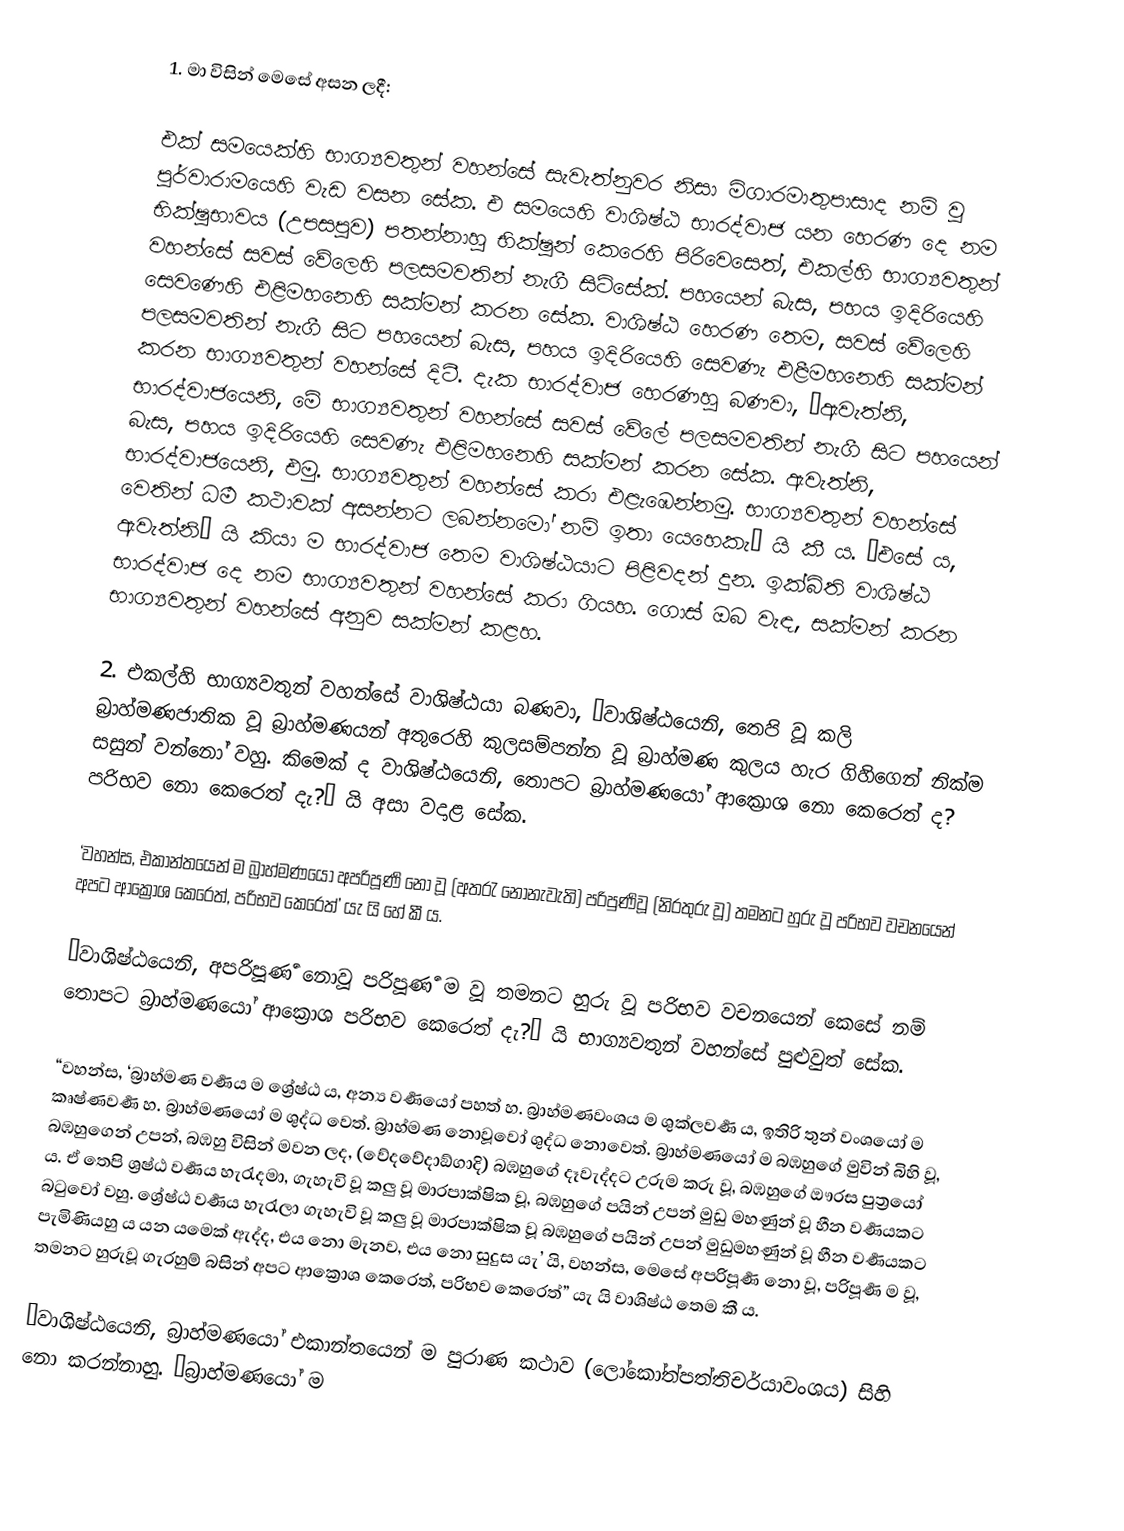
1. මා විසින් මෙසේ අසන ලදී:

එක් සමයෙක්හි භාග්‍යවතුන් වහන්සේ සැවැත්නුවර නිසා මිගාරමාතුපාසාද නම් වූ පූර්වාරාමයෙහි වැඩ වසන සේක. එ සමයෙහි වාශිෂ්ඨ භාරද්වාජ යන හෙරණ දෙ නම භික්ෂුභාවය (උපසපුව) පතන්නාහු භික්ෂූන් කෙරෙහි පිරිවෙසෙත්, එකල්හි භාග්‍යවතුන් වහන්සේ සවස් වේලෙහි පලසමවතින් නැගී සිටිසේක්. පහයෙන් බැස, පහය ඉදිරියෙහි සෙවණෙහි එළිමහනෙහි සක්මන් කරන සේක. වාශිෂ්ඨ හෙරණ තෙම, සවස් වේලෙහි පලසමවතින් නැගී සිට පහයෙන් බැස, පහය ඉදිරියෙහි සෙවණැ එළීමහනෙහි සක්මන් කරන භාග්‍යවතුන් වහන්සේ දිටී. දැක භාරද්වාජ හෙරණහු බණවා, ‘ඇවැත්නි, භාරද්වාජයෙනි, මේ භාග්‍යවතුන් වහන්සේ සවස් වේලේ පලසමවතින් නැගී සිට පහයෙන් බැස, පහය ඉදිරියෙහි සෙවණැ එළිමහනෙහි සක්මන් කරන සේක. ඇවැත්නි, භාරද්වාජයෙනි, එමු. භාග්‍යවතුන් වහන්සේ කරා එළැඹෙන්නමු. භාග්‍යවතුන් වහන්සේ වෙතින් ධර්‍ම කථාවක් අසන්නට ලබන්නමෝ නම් ඉතා යෙහෙකැ’ යි කී ය. ‘එසේ ය, ඇවැත්නි’ යි කියා ම භාරද්වාජ තෙම වාශිෂ්ඨයාට පිළිවදන් දුන. ඉක්බිති වාශිෂ්ඨ භාරද්වාජ දෙ නම භාග්‍යවතුන් වහන්සේ කරා ගියහ. ගොස් ඔබ වැඳ, සක්මන් කරන භාග්‍යවතුන් වහන්සේ අනුව සක්මන් කළහ.

2. එකල්හි භාග්‍යවතුන් වහන්සේ වාශිෂ්ඨයා බණවා, ‘වාශිෂ්ඨයෙනි, තෙපි වූ කලි බ්‍රාහ්මණජාතික වූ බ්‍රාහ්මණයන් අතුරෙහි කුලසම්පන්න වූ බ්‍රාහ්මණ කුලය හැර ගිහිගෙන් නික්ම සසුන් වන්නෝ වහු. කිමෙක් ද වාශිෂ්ඨයෙනි, තොපට බ්‍රාහ්මණයෝ ආක්‍රොශ නො කෙරෙත් ද? පරිභව නො කෙරෙත් දැ?’ යි අසා වදාළ සේක.

‘වහන්ස, එකාන්තයෙන් ම බ්‍රාහ්මණයෝ අපරිපූර්‍ණ නො වූ (අතරැ නොනැවැති) පරිපුර්‍ණවූ (නිරතුරු වූ) තමනට හුරු වූ පරිභව වචනයෙන් අපට ආක්‍රොශ කෙරෙත්, පරිභව කෙරෙත්’ යැ යි හේ කී ය.

‘වාශිෂ්ඨයෙනි, අපරිපූර්‍ණ නොවූ පරිපූර්‍ණ ම වූ තමනට හුරු වූ පරිභව වචනයෙන් කෙසේ නම් තොපට බ්‍රාහ්මණයෝ ආක්‍රොශ පරිභව කෙරෙත් දැ?’ යි භාග්‍යවතුන් වහන්සේ පුළුවුත් සේක.

“වහන්ස, ‘බ්‍රාහ්මණ වර්‍ණය ම ශ්‍රේෂ්ඨ ය, අන්‍ය වර්‍ණයෝ පහත් හ. බ්‍රාහ්මණවංශය ම ශුක්ලවර්‍ණ ය, ඉතිරි තුන් වංශයෝ ම කෘෂ්ණවර්‍ණ හ. බ්‍රාහ්මණයෝ ම ශුද්ධ වෙත්. බ්‍රාහ්මණ නොවූවෝ ශුද්ධ නොවෙත්. බ්‍රාහ්මණයෝ ම බඹහුගේ මුවින් බිහි වූ, බඹහුගෙන් උපන්, බඹහු විසින් මවන ලද, (වේදවේදාඞ්ගාදි) බඹහුගේ දෑවැද්දට උරුම කරු වූ, බඹහුගේ ඔෳරස පුත්‍රයෝ ය. ඒ තෙපි ශ්‍රෂ්ඨ වර්‍ණය හැරැදමා, ගැහැවි වූ කලු වූ මාරපාක්ෂික වූ, බඹහුගේ පයින් උපන් මුඩු මහණුන් වූ හීන වර්‍ණයකට බටුවෝ වහු. ශ්‍රේෂ්ඨ වර්‍ණය හැරැලා ගැහැවි වූ කලු වූ මාරපාක්ෂික වූ බඹහුගේ පයින් උපන් මුඩුමහණුන් වූ හීන වර්‍ණයකට පැමිණියහු ය යන යමෙක් ඇද්ද, එය නො මැනව, එය නො සුදුස යැ’ යි, වහන්ස, මෙසේ අපරිපූර්‍ණ නො වූ, පරිපූර්‍ණ ම වූ, තමනට හුරුවූ ගැරහුම් බසින් අපට ආක්‍රොශ කෙරෙත්, පරිභව කෙරෙත්” යැ යි වාශිෂ්ඨ තෙම කී ය.

‘වාශිෂ්ඨයෙනි, බ්‍රාහ්මණයෝ එකාන්තයෙන් ම පුරාණ කථාව (ලෝකෝත්පත්තිචර්යාවංශය) සිහි නො කරන්නාහු. ‘බ්‍රාහ්මණයෝ ම